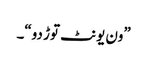
”ون یونٹ توڑ دو“۔